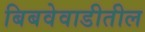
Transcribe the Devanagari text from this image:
बिबवेवाडीतील